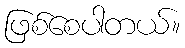
ဖြစ်စေပါတယ်။